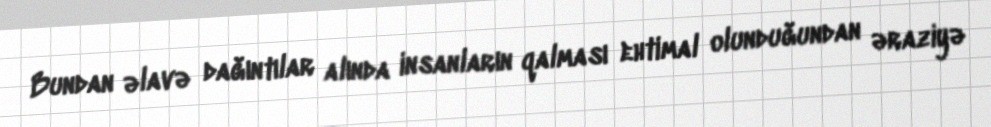
Bundan əlavə dağıntılar alında insanların qalması ehtimal olunduğundan əraziyə